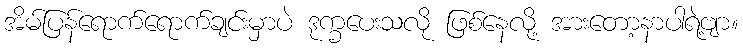
အိမ်ပြန်ရောက်ရောက်ချင်းမှာပဲ ဒုက္ခပေးသလို ဖြစ်နေလို့ အားတော့နာပါရဲ့ဗျာ။